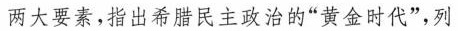
两大要素，指出希腊民主政治的”黄金时代”，列